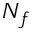
N _ { f }